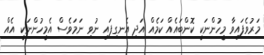
މަރުވެފައިވާ މީހުންނަކީ ކޮންބައެއް ކަމެއް އަދި އެނގިފައި ނުވި ނަމަވެސް އެމީހުންނަކީ އެއް